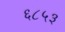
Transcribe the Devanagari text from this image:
६८५३